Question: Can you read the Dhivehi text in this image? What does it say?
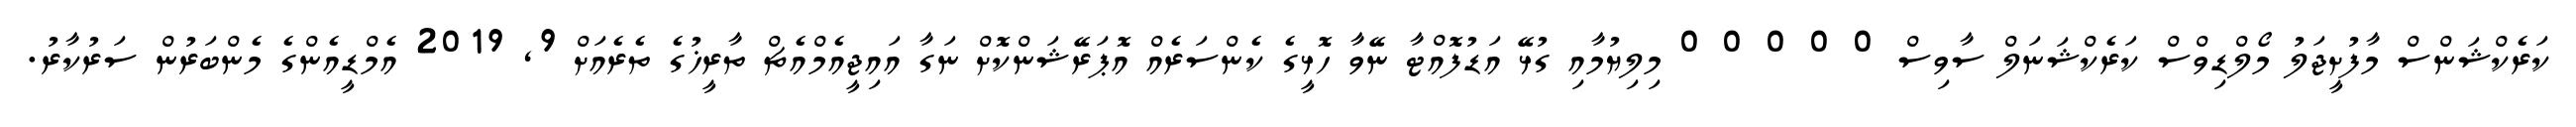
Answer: ކަރެކްޝަންސް މާފުށީޖަލު މޯލްޑިވްސް ކަރެކްޝަނަލް ސާވިސް 0 0 0 0 0 މިލިޔުމާއި ގުޅޭ އަޑުފޮއްޓާ ނޭވާ ހޮޅީގެ ކެންސަރެއް އޮޕަރޭޝަންކޮށް ނަގާ އައިޖީއެމްއެޗް ތާރީޚުގެ ތެރެއަށް 9, 2019 އެމްޑީއެންގެ މެންބަރުން ސަރުކާރު.